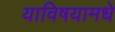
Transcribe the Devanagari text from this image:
याविषयामधे